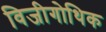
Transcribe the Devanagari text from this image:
विजीगोथिक